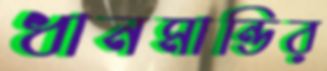
ধানমান্ডির